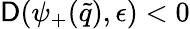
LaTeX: \mathsf{D}(\psi_{+}(\tilde{{q}}),\epsilon)<0